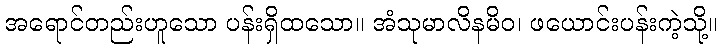
အရောင်တည်းဟူသော ပန်းရှိထသော။ အံသုမာလိနမိဝ၊ ဖယောင်းပန်းကဲ့သို့။